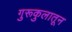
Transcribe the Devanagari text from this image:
गुरूकुलातून